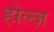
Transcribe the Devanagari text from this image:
होल्ज़